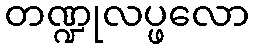
တဏ္ဍုလပ္ဖလော